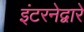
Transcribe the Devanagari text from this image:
इंटरनेद्वारे